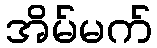
အိမ်မက်